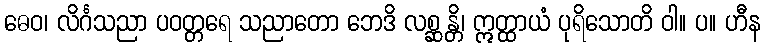
ဓေဝ၊ လိင်္ဂသညာ ပဝတ္တရေ သညာတော ဘေဒိ လစ္ဆန္တိ၊ ဣတ္ထာယံ ပုရိသောတိ ဝါ။ ပ။ ဟီန